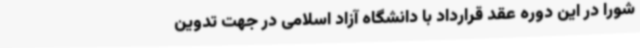
شورا در این دوره عقد قرارداد با دانشگاه آزاد اسلامی در جهت تدوین